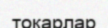
тоқарлар